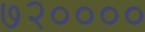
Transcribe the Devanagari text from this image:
७२००००